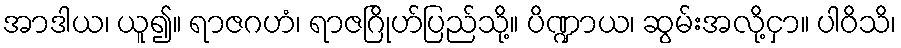
အာဒါယ၊ ယူ၍။ ရာဇဂဟံ၊ ရာဇဂြိုဟ်ပြည်သို့။ ပိဏ္ဍာယ၊ ဆွမ်းအလို့ငှာ။ ပါဝိသိ၊